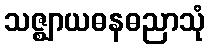
သဇ္ဈာယဓနဓညာသုံ